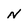
Character: N